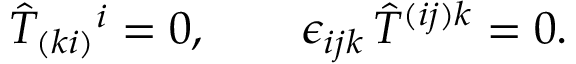
\hat { T } _ { ( k i ) } { } ^ { i } = 0 , \qquad \epsilon _ { i j k } \, \hat { T } ^ { ( i j ) k } = 0 .